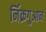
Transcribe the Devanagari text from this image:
र्निक्रगुआन